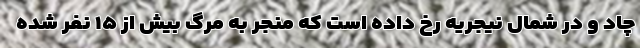
چاد و در شمال نیجریه رخ داده است که منجر به مرگ بیش از ۱۵ نفر شده